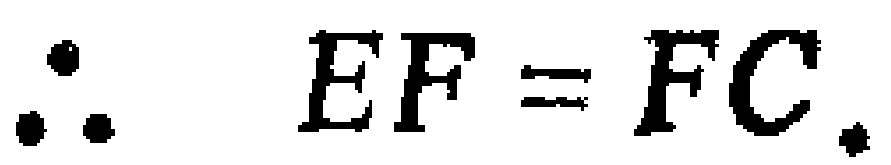
\(\therefore EF = FC.\)